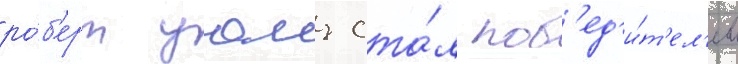
ро́б'ерт уаиз ста́л поб'ед'и́т'ел'ем